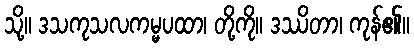
သို့။ ဒသကုသလကမ္မပထာ၊ တို့ကို။ ဒဿိတာ၊ ကုန်၏။